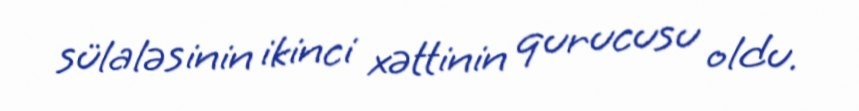
sülaləsinin ikinci xəttinin qurucusu oldu.